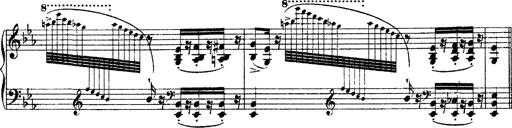
Title: Grandes Ã©tudes de Paganini
Composer: Franz Liszt